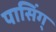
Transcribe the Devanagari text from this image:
पासिंग्